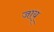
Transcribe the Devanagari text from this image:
जाय्